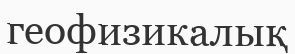
геофизикалық